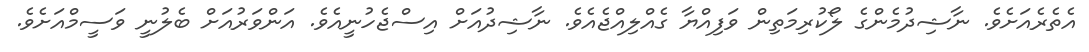
އެތެރެއަށެވެ. ނާޝިދުމެންގެ ލޯކުރިމަތިން ވަފިއްޔާ ގެއްލިއްޖެއެވެ. ނާޝިދުއަށް އިސްޖެހުނީއެވެ. އަންވަރުއަށް ބެލުނީ ވަސީމްއަށެވެ.